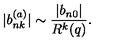
| b _ { n k } ^ { ( a ) } | \sim \frac { | b _ { n 0 } | } { R ^ { k } ( q ) } .